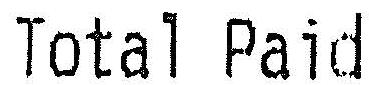
TOTAL PAID